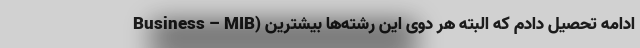
Business – MIB) ادامه تحصیل دادم که البته هر دوی این رشته‌ها بیشترین